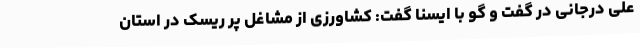
علی درجانی در گفت و گو با ایسنا گفت: کشاورزی از مشاغل پر ریسک در استان